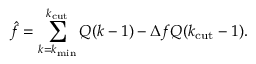
\hat { f } = \sum _ { k = k _ { \mathrm { m i n } } } ^ { k _ { \mathrm { c u t } } } Q ( k - 1 ) - \Delta f Q ( k _ { \mathrm { c u t } } - 1 ) .